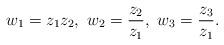
LaTeX: \begin{align*}w_1=z_1z_2,\ w_2=\frac{z_2}{z_1},\ w_3=\frac{z_3}{z_1}.\end{align*}